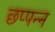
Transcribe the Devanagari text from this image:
छप्पन्न